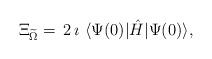
LaTeX: \begin{align*}\Xi_{\widetilde{\Omega}}=\,2\,\imath\,\,\langle \Psi(0)|\hat{H}|\Psi(0)\rangle,\end{align*}